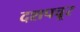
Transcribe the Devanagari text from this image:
दशपचूर